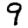
Digit: 9